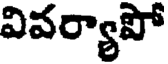
వివర్యాపో